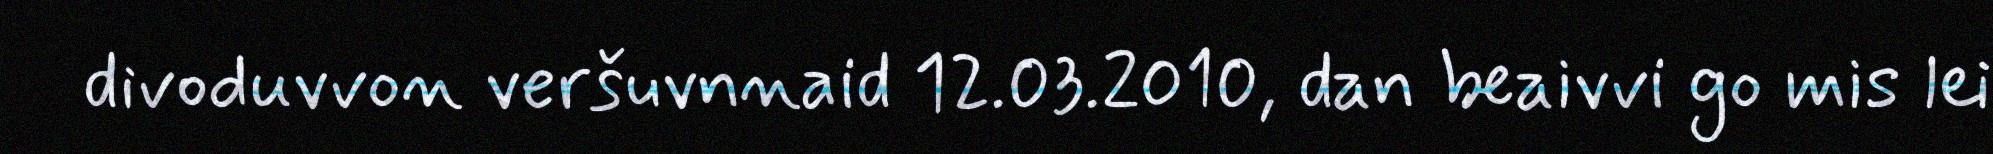
divoduvvon veršuvnnaid 12.03.2010, dan beaivvi go mis lei